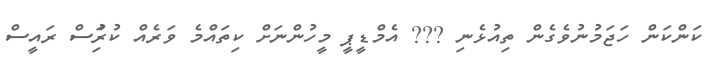
ކަންކަން ހަޖަމުނުވެގެން ތިއުޅެނި ??? އެމްޑީޕީ މީހުންނަށް ކިތައްމެ ވަރެއް ކުރިުަސް ރައީސް